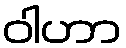
ဝါဟာ